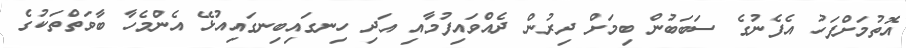
އޮތުމަށްފަހު އެފެނުގެ ސަބަބުން ބިމަށް ދިރުން ދެއްވައިފުމާއި އަދި ހިނގައިބިނގައިއުޅޭ އެންމެހާ ބާވަތްތަކުގެ